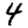
Digit: 4